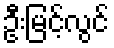
ဦးမြင့်လွင်